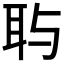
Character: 𱻷